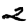
Digit: 2